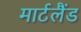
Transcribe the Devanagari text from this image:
मार्टलैंड